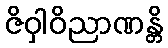
ဇိဝှါဝိညာဏန္တိ